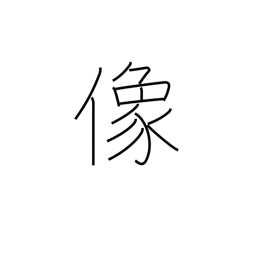
Meaning: image